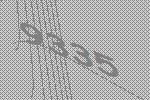
9335